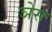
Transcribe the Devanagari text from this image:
ञेस